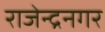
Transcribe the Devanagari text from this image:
राजेन्द्रनगर